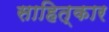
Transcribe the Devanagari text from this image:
साहित्कार